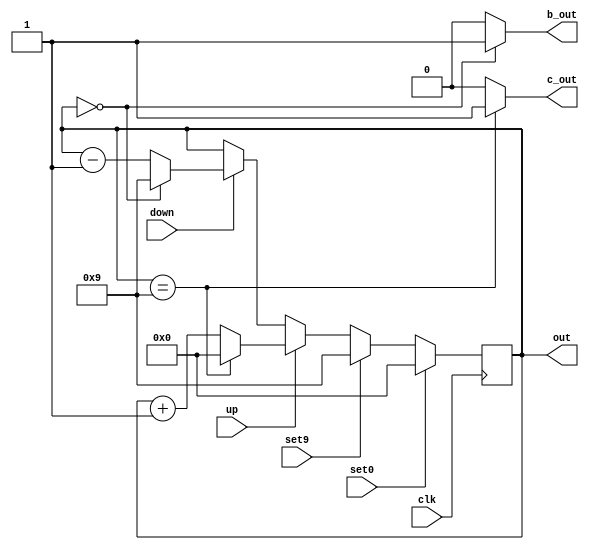
`timescale 1ns / 1ns
//////////////////////////////////////////////////////////////////////////////////
// Company: 
// Engineer: 
// 
// Design Name: 
// Module Name: BCD
// Project Name: 
// Target Devices: 
// Tool Versions: 
// Description: 
// 
// Dependencies: 
// 
// Revision:
// Revision 0.01 - File Created
// Additional Comments:
// 
//////////////////////////////////////////////////////////////////////////////////


module BCD(
    output reg [3:0] out = 0,
    output c_out,
    output b_out,
    input up,
    input down,
    input set0,
    input set9,
    input clk
    );
    
assign b_out = out == 0 ? 1:0;
assign c_out = out == 9 ? 1:0;
    
always @ (posedge clk) 
begin
    if(set0 == 1) out <= 0;
    else if(set9 == 1) out <= 9;
    else if(up == 1) begin
        if(out == 9) begin
            out <= 0;
        end else begin
            out <= out + 1;          
        end
    end else if(down == 1) begin
        if(out == 0) begin
            out <= 9;
        end else begin
            out <= out - 1;         
        end
    end else out <= out;
end
    
endmodule